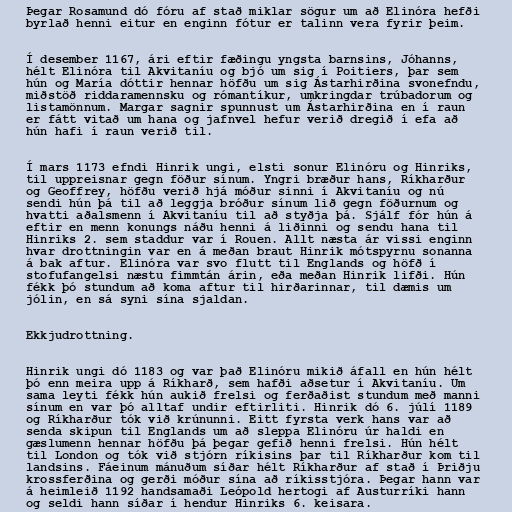
Þegar Rosamund dó fóru af stað miklar sögur um að Elinóra hefði
byrlað henni eitur en enginn fótur er talinn vera fyrir þeim.

Í desember 1167, ári eftir fæðingu yngsta barnsins, Jóhanns,
hélt Elinóra til Akvitaníu og bjó um sig í Poitiers, þar sem
hún og María dóttir hennar höfðu um sig Ástarhirðina svonefndu,
miðstöð riddaramennsku og rómantíkur, umkringdar trúbadorum og
listamönnum. Margar sagnir spunnust um Ástarhirðina en í raun
er fátt vitað um hana og jafnvel hefur verið dregið í efa að
hún hafi í raun verið til.

Í mars 1173 efndi Hinrik ungi, elsti sonur Elinóru og Hinriks,
til uppreisnar gegn föður sínum. Yngri bræður hans, Ríkharður
og Geoffrey, höfðu verið hjá móður sinni í Akvitaníu og nú
sendi hún þá til að leggja bróður sínum lið gegn föðurnum og
hvatti aðalsmenn í Akvitaníu til að styðja þá. Sjálf fór hún á
eftir en menn konungs náðu henni á liðinni og sendu hana til
Hinriks 2. sem staddur var í Rouen. Allt næsta ár vissi enginn
hvar drottningin var en á meðan braut Hinrik mótspyrnu sonanna
á bak aftur. Elinóra var svo flutt til Englands og höfð í
stofufangelsi næstu fimmtán árin, eða meðan Hinrik lifði. Hún
fékk þó stundum að koma aftur til hirðarinnar, til dæmis um
jólin, en sá syni sína sjaldan.

Ekkjudrottning.

Hinrik ungi dó 1183 og var það Elinóru mikið áfall en hún hélt
þó enn meira upp á Ríkharð, sem hafði aðsetur í Akvitaníu. Um
sama leyti fékk hún aukið frelsi og ferðaðist stundum með manni
sínum en var þó alltaf undir eftirliti. Hinrik dó 6. júlí 1189
og Ríkharður tók við krúnunni. Eitt fyrsta verk hans var að
senda skipun til Englands um að sleppa Elinóru úr haldi en
gæslumenn hennar höfðu þá þegar gefið henni frelsi. Hún hélt
til London og tók við stjórn ríkisins þar til Ríkharður kom til
landsins. Fáeinum mánuðum síðar hélt Ríkharður af stað í Þriðju
krossferðina og gerði móður sína að ríkisstjóra. Þegar hann var
á heimleið 1192 handsamaði Leópold hertogi af Austurríki hann
og seldi hann síðar í hendur Hinriks 6. keisara.